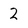
Character: 2